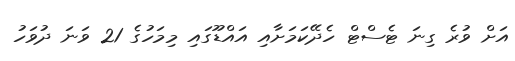
އަށް ވުރެ ގިނަ ޓެސްޓް ހެދޭކަމަށާއި އައްޑޫގައި މިމަހުގެ 21 ވަނަ ދުވަހު